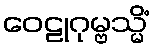
ဝေဠုဂုမ္ဗသ္မိံ